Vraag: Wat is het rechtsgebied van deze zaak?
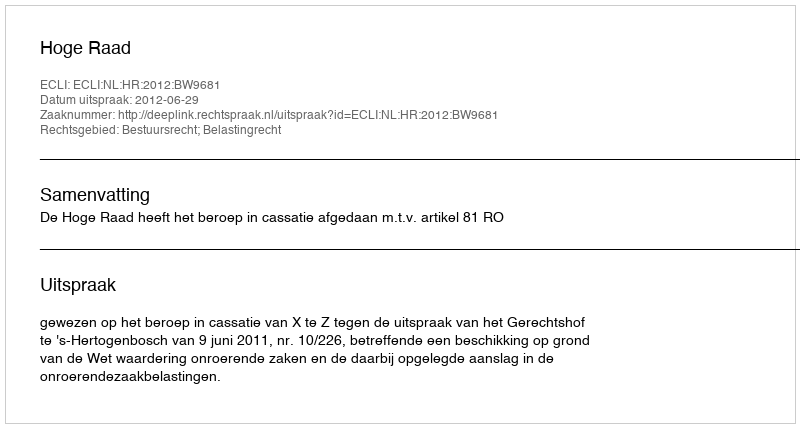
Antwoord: Bestuursrecht; Belastingrecht